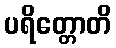
ပရိတ္တောတိ